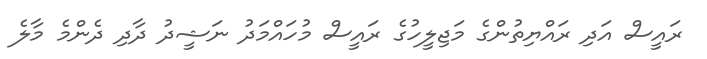
ރައީސް އަދި ރައްޔިތުންގެ މަޖިލީހުގެ ރައީސް މުހައްމަދު ނަޝީދު ދާދި ދެންމެ މާލެ